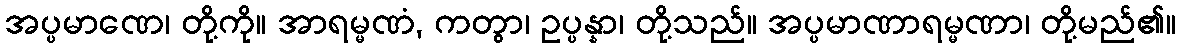
အပ္ပမာဏေ၊ တို့ကို။ အာရမ္မဏံ, ကတွာ၊ ဥပ္ပန္နာ၊ တို့သည်။ အပ္ပမာဏာရမ္မဏာ၊ တို့မည်၏။